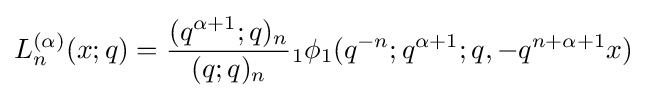
\displaystyle L_{n}^{(\alpha )}(x;q)={\frac {(q^{\alpha +1};q)_{n}}{(q;q)_{n}}}{}_{1}\phi _{1}(q^{-n};q^{\alpha +1};q,-q^{n+\alpha +1}x)